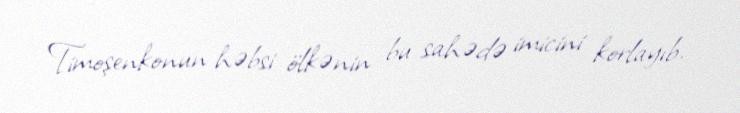
Timoşenkonun həbsi ölkənin bu sahədə imicini korlayıb.